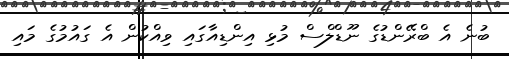
ބުނެ އެ ބްރޭންޑުގެ ނޫޑްލްސް މުޅި އިންޑިއާގައި ވިއްކުން އެ ގައުމުގެ މައި